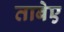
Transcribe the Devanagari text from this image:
ताबेए